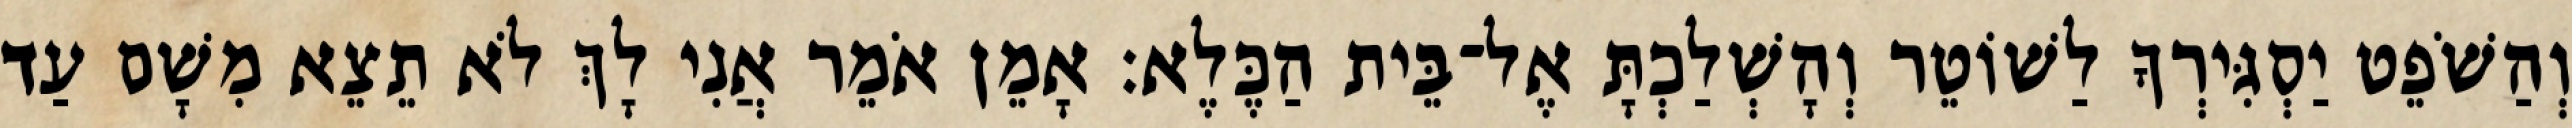
וְהַשֹׁפֵט יַסְגִּירְךָ לַשׁוֹטֵר וְהָשְׁלַכְתָּ אֶל־בֵּית הַכֶּלֶא׃ אָמֵן אֹמֵר אֲנִי לָךְ לֹא תֵצֵא מִשָׁם עַד